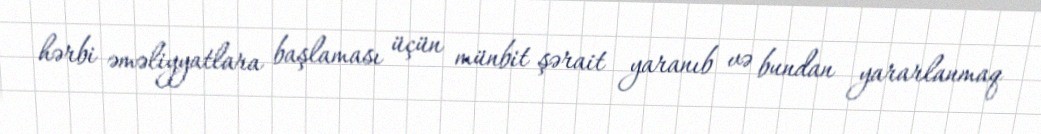
hərbi əməliyyatlara başlaması üçün münbit şərait yaranıb və bundan yararlanmaq